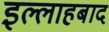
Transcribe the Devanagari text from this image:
इल्लाहबाद